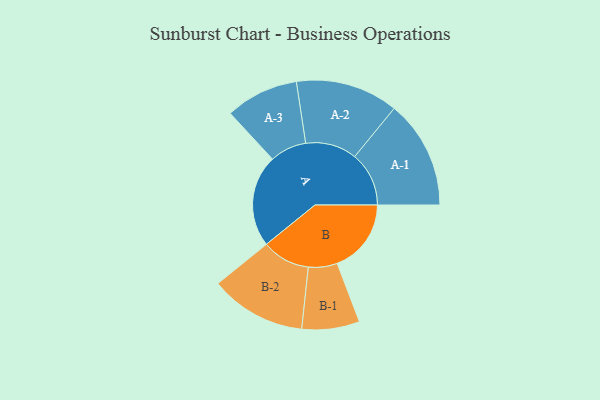
{"axis": {"x": "Segment", "y": "Value"}, "legend": ["", "A", "B"], "data": [{"x": "A", "y": 345, "type": ""}, {"x": "B", "y": 277, "type": ""}, {"x": "A-1", "y": 203, "type": "A"}, {"x": "A-2", "y": 192, "type": "A"}, {"x": "A-3", "y": 137, "type": "A"}, {"x": "B-1", "y": 108, "type": "B"}, {"x": "B-2", "y": 180, "type": "B"}]}